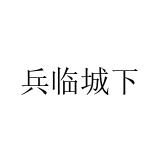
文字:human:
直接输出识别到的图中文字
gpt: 兵临城下